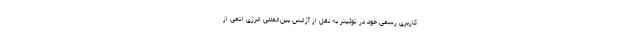
کاربری رسمی خود در توئیتر به نقل از آژانس بین‌المللی انرژی اتمی از